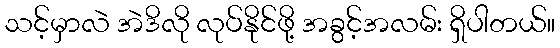
သင့်မှာလဲ အဲဒိလို လုပ်နိုင်ဖို့ အခွင့်အလမ်း ရှိပါတယ်။